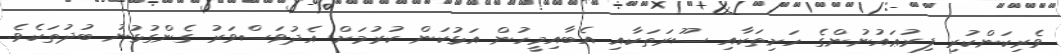
ވެރިކަންކުރި ފިރުޢައުނުންގެ ހަށިތަކާއި ސޫރަތަކާއި އެބާއިމީހުން އަޅުކަން ކުރުމަށް އެދުވަސްވަރު ގެންގުޅުނު ބުދުތަކެވެ.